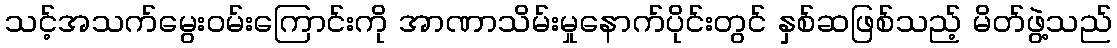
သင့်အသက်မွေးဝမ်းကြောင်းကို အာဏာသိမ်းမှုနောက်ပိုင်းတွင် နှစ်ဆဖြစ်သည့် မိတ်ဖွဲ့သည်